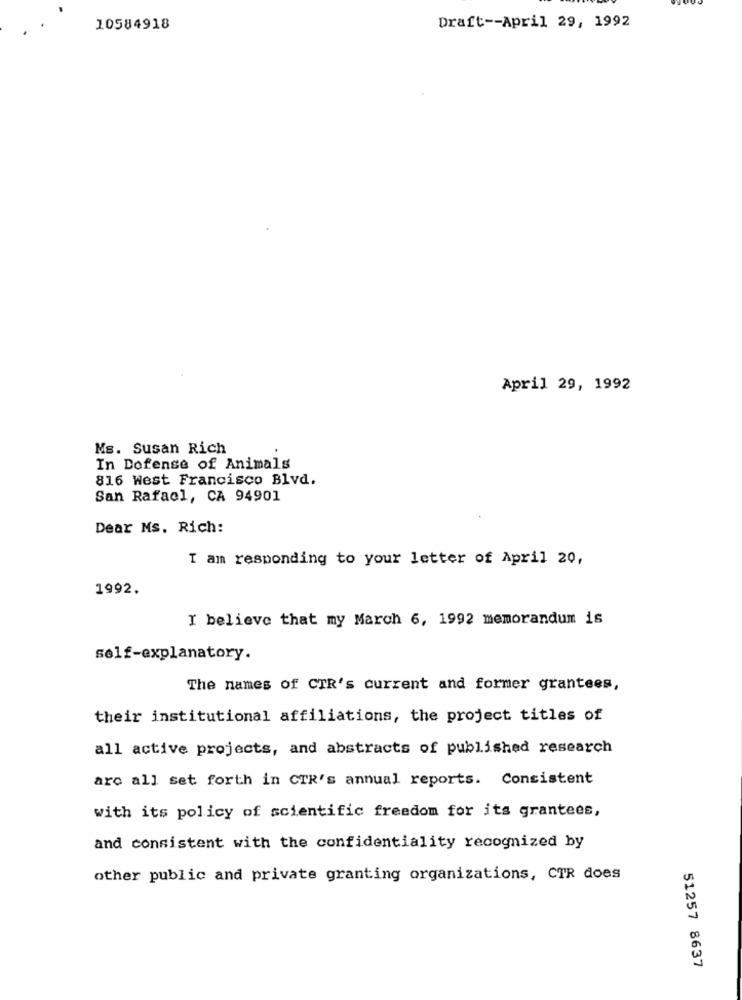
10584918
Draft -- April 29, 1992
April 29, 1992
Ms. Susan Rich
In Dofense of Animals
816 West Francisco Blvd.
San Rafael, CA 94901
Dear Ms. Rich:
I am responding to your letter of April 20,
1992.
I believe that my March 6, 1992 memorandum is
self-explanatory.
The names of CTR's current and former grantees,
their institutional affiliations, the project titles of
all active projects, and abstracts of published research
arc all set forth in CTR's annual reports. Consistent
with its policy of scientific freedom for its grantees,
and consistent with the confidentiality recognized by
other public and private granting organizations, CTR does
51257 8637